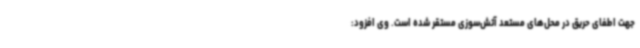
جهت اطفای حریق در محل‌های مستعد آتش‌سوزی مستقر شده است. وی افزود: